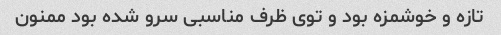
تازه و خوشمزه بود و توی ظرف مناسبی سرو شده بود ممنون